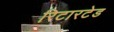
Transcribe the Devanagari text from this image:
रिटारटेड